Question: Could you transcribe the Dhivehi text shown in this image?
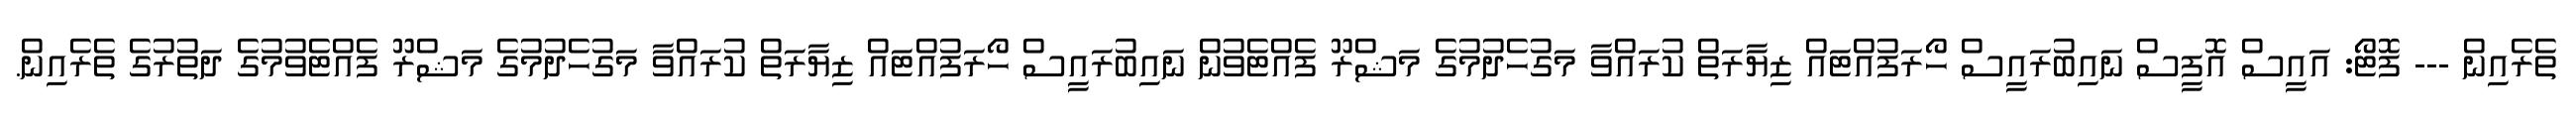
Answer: ތެރެއިން --- ފޮޓޯ: އައީސް އޮފީސް ނައިބުރައީސް ހޯރަފުއްޓައް ޒިޔާރަތް ކުރައްވާ މަގުހެދުމުގެ މަޝްރޫ ފެއްޓެވުން ނައިބުރައީސް ހޯރަފުއްޓައް ޒިޔާރަތް ކުރައްވާ މަގުހެދުމުގެ މަޝްރޫ ފެއްޓެވުމުގެ ދަތުރުގެ ތެރެއިން.